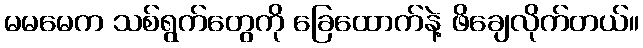
မမမေက သစ်ရွက်တွေကို ခြေထောက်နဲ့ ဖိချေလိုက်တယ်။